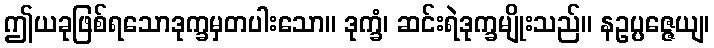
ဤယခုဖြစ်ရသောဒုက္ခမှတပါးသော။ ဒုက္ခံ၊ ဆင်းရဲဒုက္ခမျိုးသည်။ နဥပ္ပဇ္ဇေယျ၊